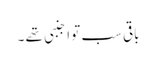
باقی سب تو اجنبی تھے ۔